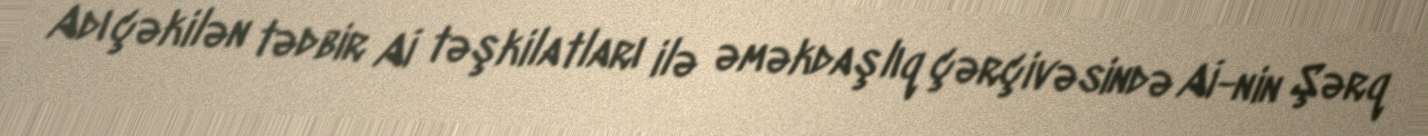
Adı çəkilən tədbir Aİ təşkilatları ilə əməkdaşlıq çərçivəsində Aİ-nin Şərq